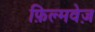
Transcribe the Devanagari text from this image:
फ़िल्मवेज़